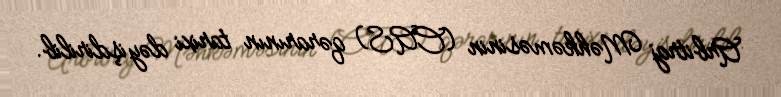
Arbitraj Məhkəməsinin (CAS) qərarının tarixi dəyişdirilib.